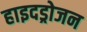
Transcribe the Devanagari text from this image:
हाइदड्रोजन